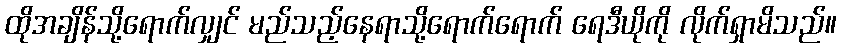
ထိုအချိန်သို့ရောက်လျှင် မည်သည့်နေရာသို့ရောက်ရောက် ရေဒီယိုကို လိုက်ရှာမိသည်။